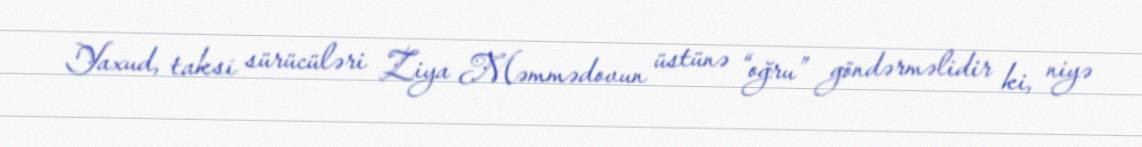
Yaxud, taksi sürücüləri Ziya Məmmədovun üstünə “oğru” göndərməlidir ki, niyə